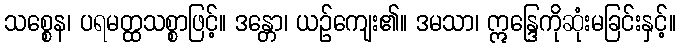
သစ္စေန၊ ပရမတ္ထသစ္စာဖြင့်။ ဒန္တော၊ ယဉ်ကျေး၏။ ဒမသာ၊ ဣန္ဒြေကိုဆုံးမခြင်းနှင့်။